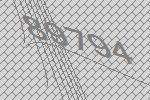
89794